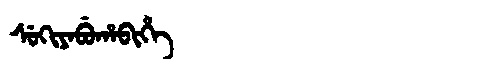
Manchu: ᠰᡠᡴᡳᠶᠠᠪᡠᡥᠠᠪᡳᡥᡝ
Romanization: SUKIYABUHABIHE